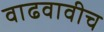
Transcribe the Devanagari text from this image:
वाढवावीच